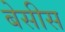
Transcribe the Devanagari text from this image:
बेसीस